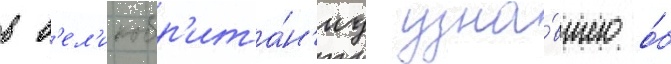
в в'ел'икобр'ита́н'иу узна́вшего о́б